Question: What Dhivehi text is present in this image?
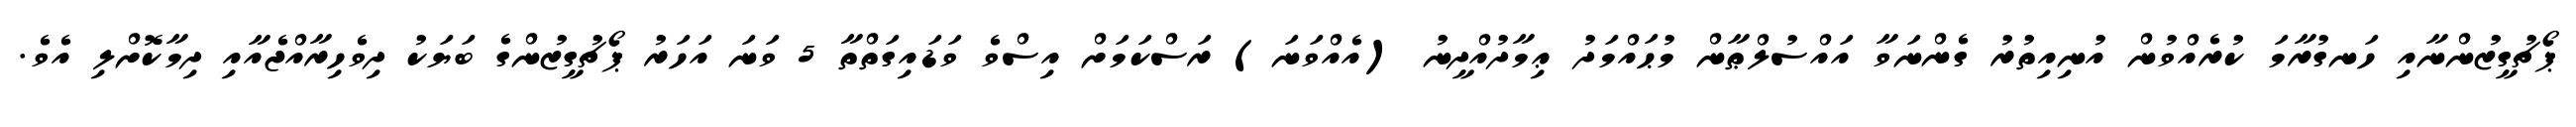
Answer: ޕޯޗުގީޒުންނާއި ހަނގުރާމަ ކުރެއްވުން އުނިއިތުރު ގެންނަވާ އައްސުލްޠާން މުޙައްމަދު ޢިމާދުއްދީނު (އެއްވަނަ) ރަސްކަމަށް އިސްވެ ވަޑައިގަތްތާ 5 ވަނަ އަހަރު ޕޯޗުގީޒުންގެ ބަޔަކު ދިވެހިރާއްޖެއާއި ދިމާކޮށްލި އެވެ.